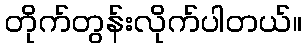
တိုက်တွန်းလိုက်ပါတယ်။